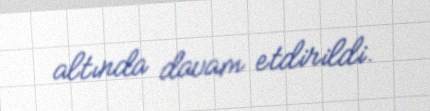
altında davam etdirildi.